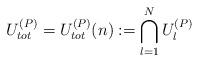
LaTeX: \begin{align*}U^{(P)}_{tot} = U^{(P)}_{tot}(n) := \bigcap_{l=1}^{N} U^{(P)}_l\end{align*}